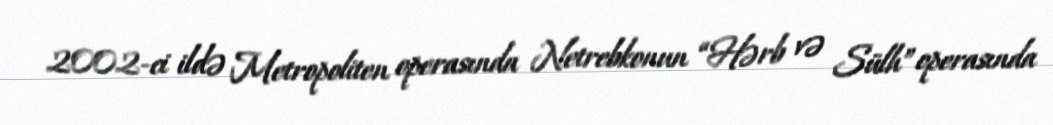
2002-ci ildə Metropoliten operasında Netrebkonun “Hərb və Sülh” operasında